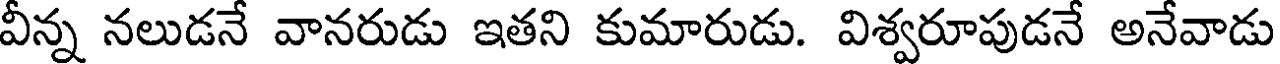
వీన్న నలుడనే వానరుడు ఇతని కుమారుడు. విశ్వరూపుడనే అనేవాడు